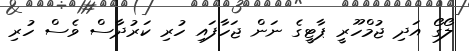
ލޯގޯ އަދި ޖުމްހޫރީ ޕާޓީގެ ނަން ޖަހާފައި ހުރި ކަރުދާސް ވެސް ހުރި